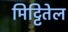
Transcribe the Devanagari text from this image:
मिट्टितेल